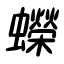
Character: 蠑